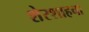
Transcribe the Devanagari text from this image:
शेरशाहचा